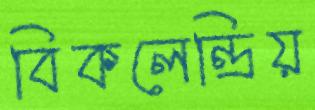
বিকলেন্দ্রিয়